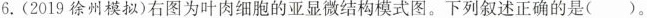
6.(2019 徐州模拟)右图为叶肉细胞的亚显微结构模式图。下列叙述正确的是()。